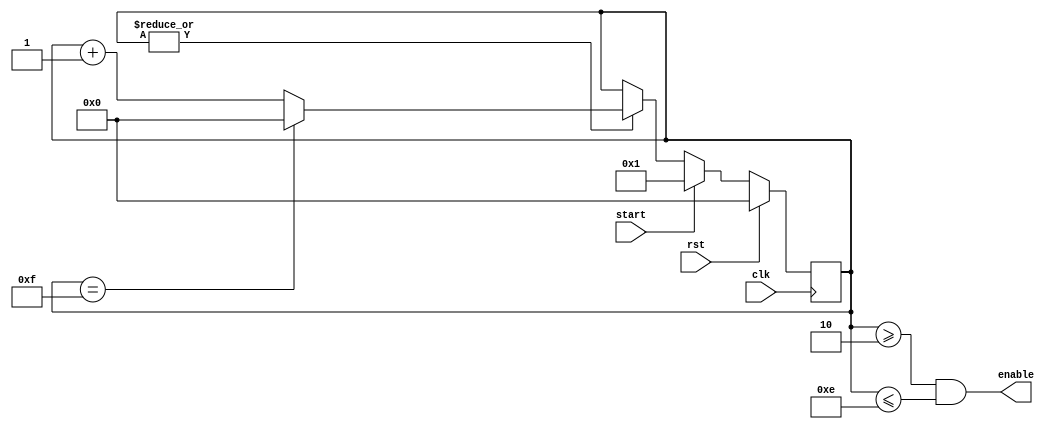
module LCD_enable(
	input 			clk,
	input 			rst,
	input 			start,
	
	output			enable
);

reg  [7:0]		cntr = 'd0;
wire [7:0]		cntr_ns;
wire			done;

assign cntr_ns = cntr + 'd1;
assign enable  = (cntr >= 'd2 && cntr <= 'd14);	// enables time slot
assign done    = (cntr == 'd15);				// stop the procedure after 14 clocks


always @(posedge clk)
		if (rst)
			cntr <= 7'd0;
		else if (start)
			cntr <= 7'd1;
		else if (|cntr) begin
			cntr <= cntr_ns;
			
			if(done) begin				// go back to the start when done
				cntr <= 7'd0;
			end
		end

endmodule